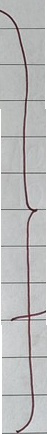
}